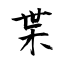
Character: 枼